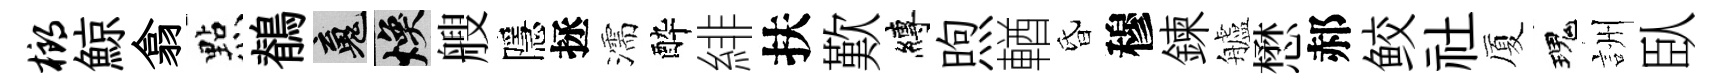
榔鯨翕㸃鶺魂焕艘隱拯濡酔緋扶歎縛煦輶昏穆鍊艫懋郝鲛社厦瑰詶臥